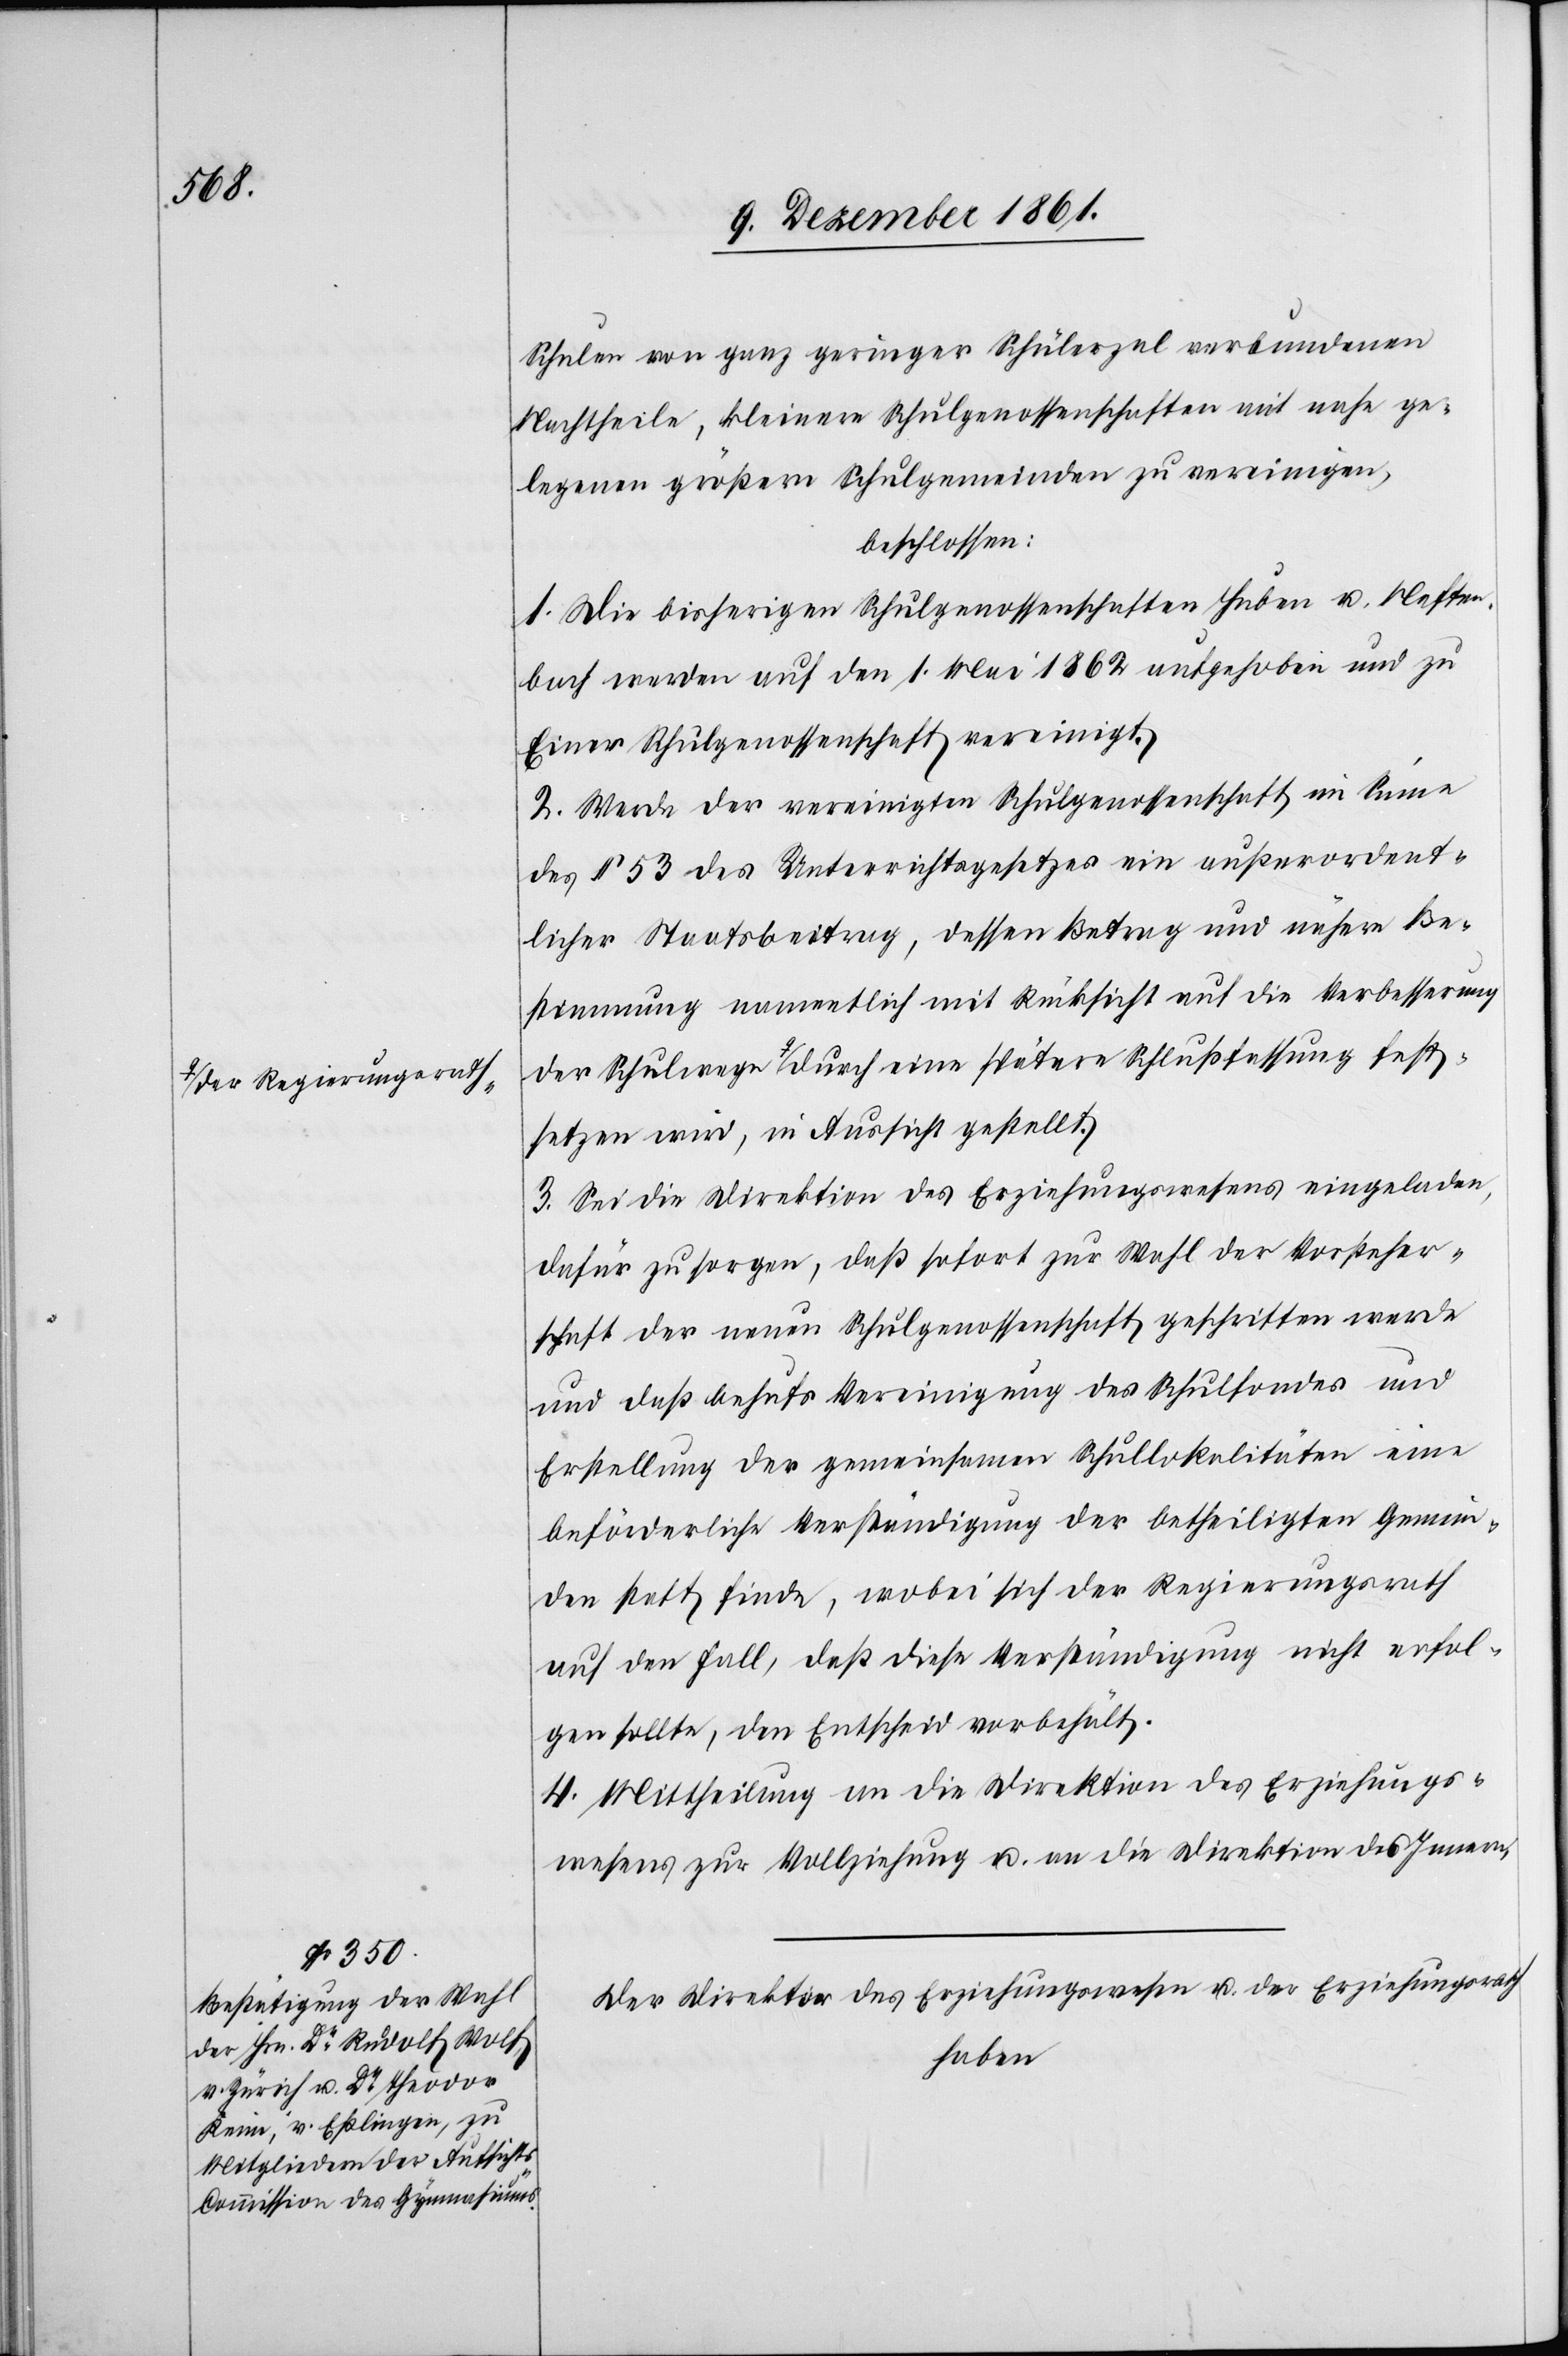
a-der Regierungsrath-a

Schulen von ganz geringer Schülerzal verbundenen
Nachtheile, kleinere Schulgenossenschaften mit nahe ge¬
legenen größern Schulgemeinden zu vereinigen,
beschlossen:
1. Die bisherigen Schulgenossenschaften Huben u. Neften¬
bach werden auf den 1 Mai 1862 aufgehoben und zu
Einer Schulgenossenschaft vereinigt.
2. Werde der vereinigten Schulgenossenschaft im Sinne
des § 53 des Unterrichtsgesetzes ein außerordent¬
licher Staatsbeitrag, dessen Betrag und nähere Be¬
stimmung namentlich mit Rücksicht auf die Verbesserung
festsetzen wird, in Aussicht gestellt.
3. Sei die Direktion des Erziehungswesens eingeladen,
dafür zu sorgen, daß sofort zur Wahl der Vorsteher¬
schaft der neuen Schulgenossenschaft geschritten werde
und daß behufs Vereinigung des Schulfondes und
Erstellung der gemeinsamen Schullokalitäten eine
beförderliche Verständigung der betheiligten Gemein¬
den statt finde, wobei sich der Regierungsrath
auf den Fall, daß diese Verständigung nicht erfol¬
gen sollte, den Entscheid vorbehält.
4. Mittheilung an die Direktion des Erziehungs¬
wesens zur Vollziehung an die Direktion des Innern.
Erziehungswesens u. der Erziehungsrath
Der Direktor des
haben